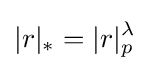
|r|_{*}=|r|_{p}^{\lambda }